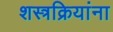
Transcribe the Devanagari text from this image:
शस्त्रक्रियांना